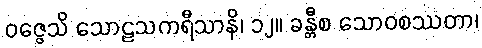
ဝဇ္ဇေသိ သောဠသကရီသာနိ၊ ၁၂။ ခန္တီစ သောဝစဿတာ၊